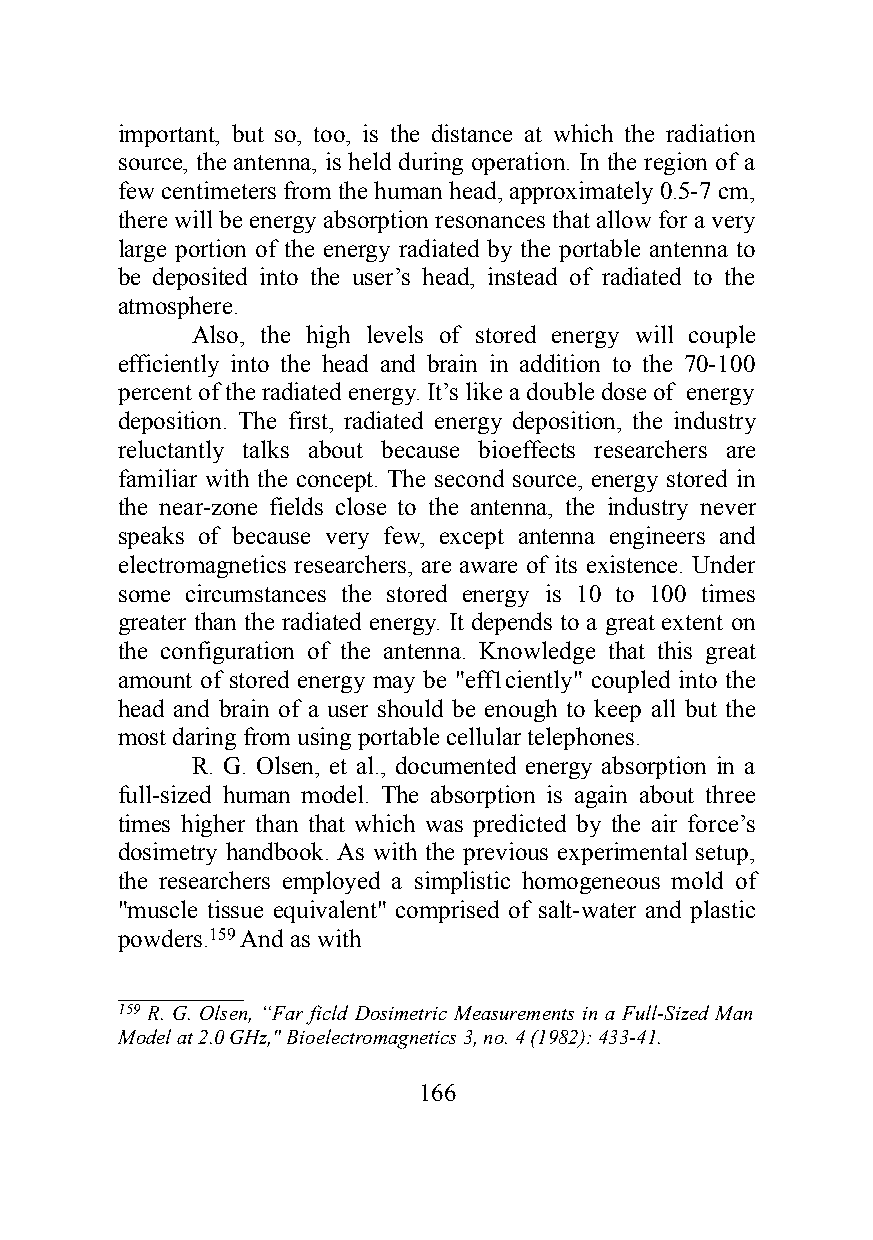
important, but so, too, is the distance at which the radiation
 source, the antenna, is held during operation. In the region of a
 few centimeters from the human head, approximately 0.5-7 cm,
 there will be energy absorption resonances that allow for a very
 large portion of the energy radiated by the portable antenna to
 be deposited into the user’s head, instead of radiated to the
 atmosphere.
 Also, the high levels of stored energy will couple
 efficiently into the head and brain in addition to the 70-100
 percent of the radiated energy. It’s like a double dose of energy
 deposition. The first, radiated energy deposition, the industry
 reluctantly talks about because bioeffects researchers are
 familiar with the concept. The second source, energy stored in
 the near-zone fields close to the antenna, the industry never
 speaks of because very few, except antenna engineers and
 electromagnetics researchers, are aware of its existence. Under
 some circumstances the stored energy is 10 to 100 times
 greater than the radiated energy. It depends to a great extent on
 the configuration of the antenna. Knowledge that this great
 amount of stored energy may be "eff1ciently" coupled into the
 head and brain of a user should be enough to keep all but the
 most daring from using portable cellular telephones.
 R. G. Olsen, et al., documented energy absorption in a
 full-sized human model. The absorption is again about three
 times higher than that which was predicted by the air force’s
 dosimetry handbook. As with the previous experimental setup,
 the researchers employed a simplistic homogeneous mold of
 "muscle tissue equivalent" comprised of salt-water and plastic
 powders.159 And as with
 ____________
 159 R. G. Olsen, “Far ficld Dosimetric Measurements in a Full-Sized Man
 Model at 2.0 GHz," Bioelectromagnetics 3, no. 4 (1982): 433-41.
 166